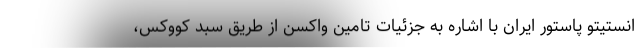
انستیتو پاستور ایران با اشاره به جزئیات تامین واکسن از طریق سبد کووکس،